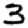
Digit: 3